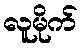
လူမိုက်